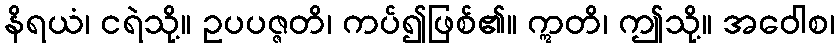
နိရယံ၊ ငရဲသို့။ ဥပပဇ္ဇတိ၊ ကပ်၍ဖြစ်၏။ ဣတိ၊ ဤသို့။ အဝေါစ၊